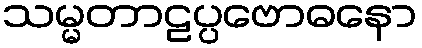
သမ္မတာဠပ္ပဗောဓနော